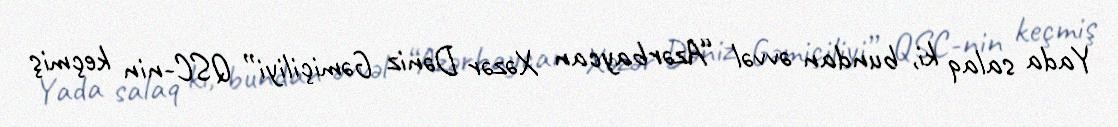
Yada salaq ki, bundan əvvəl “Azərbaycan Xəzər Dəniz Gəmiçiliyi” QSC-nin keçmiş